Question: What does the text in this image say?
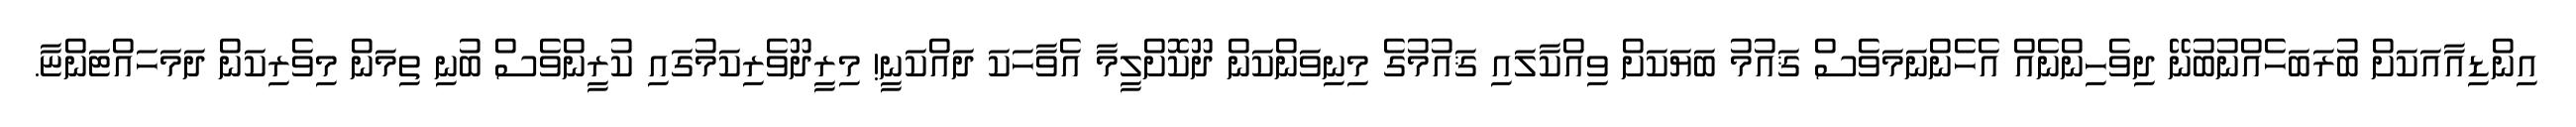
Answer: އިންޑިއާއަކަށް ބުރަބަހެއްނުބުނޭ ދިވެހިންނެއް އެހެންނަމަވެސް ޤައުމު ބަޔަކަށް ވިއްކާލައި ޤައުމުގެ މިނިވަންކަން ދޫކޮށްލީމާ އެވާހަކަ ދައްކަނީ! މިރީދޫވެރިކަމުގައި ކުރީންވެސް ބުނި ތިމަން މިވެރިކަން ދަމަހައްޓަންޏާ.